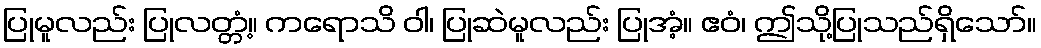
ပြုမူလည်း ပြုလတ္တံ့။ ကရောသိ ဝါ၊ ပြုဆဲမူလည်း ပြုအံ့။ ဧဝံ၊ ဤသို့ပြုသည်ရှိသော်။